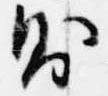
則